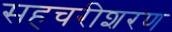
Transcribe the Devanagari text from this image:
सहचरीशरण